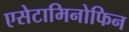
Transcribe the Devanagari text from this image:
एसेटामिनोफिन